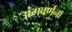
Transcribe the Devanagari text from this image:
अंगवर्णना